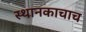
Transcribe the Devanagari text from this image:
स्थानकाचाच